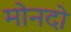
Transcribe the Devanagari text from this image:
मोनदो